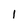
Character: l